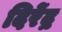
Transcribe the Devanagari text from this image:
दिरेंद्र